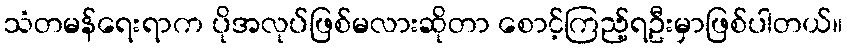
သံတမန်ရေးရာက ပိုအလုပ်ဖြစ်မလားဆိုတာ စောင့်ကြည့်ရဦးမှာဖြစ်ပါတယ်။